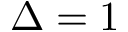
\Delta = 1